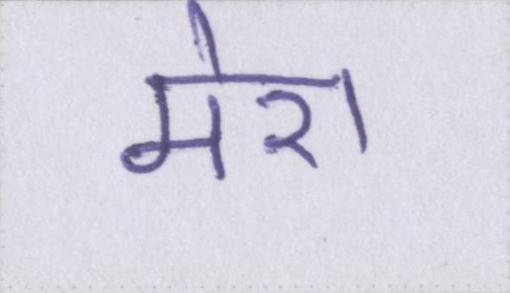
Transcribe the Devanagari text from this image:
मेरा